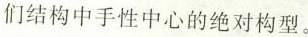
们结构中手性中心的绝对构型。